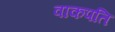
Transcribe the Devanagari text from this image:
वाकपति